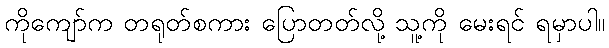
ကိုကျော်က တရုတ်စကား ပြောတတ်လို့ သူ့ကို မေးရင် ရမှာပါ။